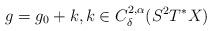
LaTeX: \begin{align*}g=g_0+k,k\in C^{2,\alpha}_\delta(S^2T^*X)\end{align*}